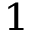
_ 1